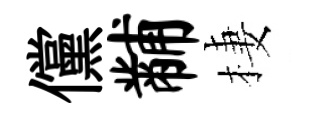
儻黼棲